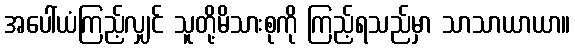
အပေါ်ယံကြည့်လျှင် သူတို့မိသားစုကို ကြည့်ရသည်မှာ သာသာယာယာ။